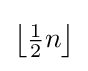
{\bigl \lfloor }{\tfrac {1}{2}}n{\bigr \rfloor }